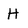
Character: H